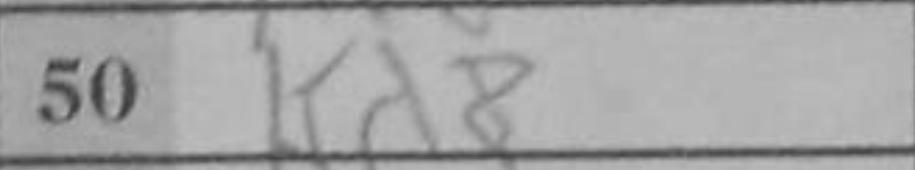
Transcription: Kd8